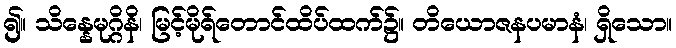
၍။ သိန္နေမုဂ္ဂိနိ၊ မြင့်မိုရ်တောင်ထိပ်ထက်၌။ တိယောဇနပမာနံ၊ ရှိသော။